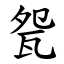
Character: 㼝